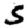
Digit: 5